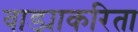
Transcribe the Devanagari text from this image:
वाड्याकरिता